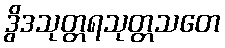
ဒွိဒသုတ္တရသုတ္တသတေ